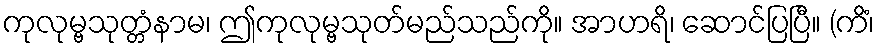
ကုလုမ္ဗသုတ္တံနာမ၊ ဤကုလုမ္ဗသုတ်မည်သည်ကို။ အာဟရိ၊ ဆောင်ပြပြီ။ (ကိံ၊